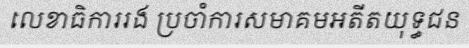
លេខាធិការរង ប្រចាំការសមាគមអតីតយុទ្ធជន